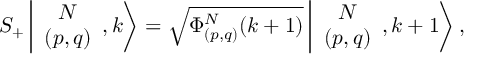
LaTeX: S _ { + } \left\vert \begin{array} { c } { { N } } \\ { { ( p , q ) } } \end{array} , k \right> = \sqrt { \Phi _ { ( p , q ) } ^ { N } ( k + 1 ) } \left\vert \begin{array} { c } { { N } } \\ { { ( p , q ) } } \end{array} , k + 1 \right> ,